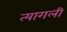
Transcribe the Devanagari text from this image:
त्यागली